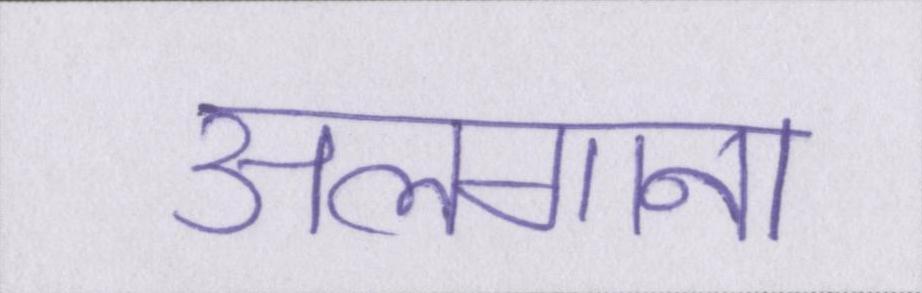
अलगाना